Annual administration report of the Civil Veterinary Department of India - 1898-1899
Year: 1898
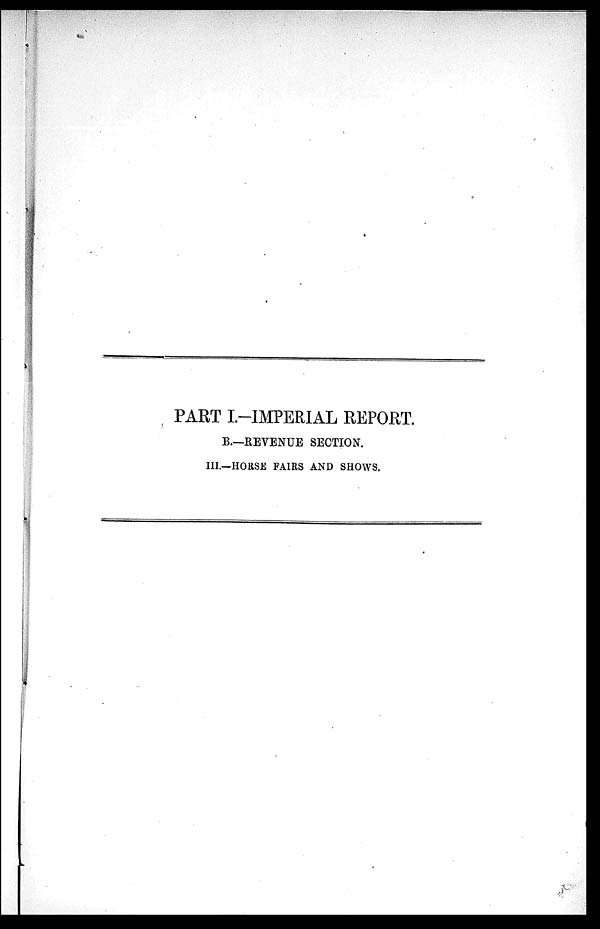
PART I.-IMPERIAL REPORT.
B.—REVENUE SECTION.
III.—HORSE FAIRS AND SHOWS.